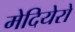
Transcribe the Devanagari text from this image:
मेदियेरो